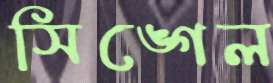
সিঙ্গেল